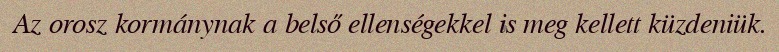
Az orosz kormánynak a belső ellenségekkel is meg kellett küzdeniük.